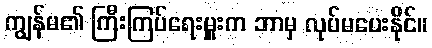
ကျွန်မ၏ ကြီးကြပ်ရေးမှူးက ဘာမှ လုပ်မပေးနိုင်။